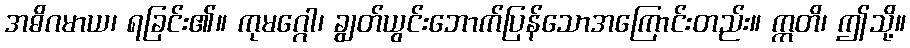
အဓိဂမာယ၊ ရခြင်း၏။ ကုမဂ္ဂေါ၊ ချွတ်ယွင်းဘောက်ပြန်သောအကြောင်းတည်း။ ဣတိ၊ ဤသို့။